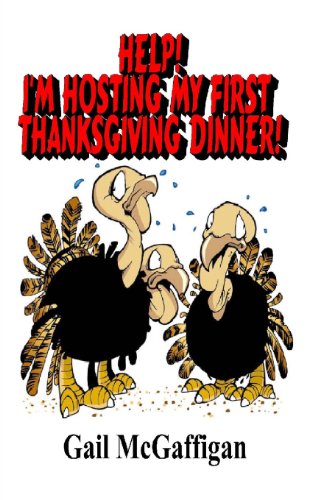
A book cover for Help!  I'm Hosting  My First Thanksgiving Dinner!; Gail McGaffigan; Cookbooks, Food & Wine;